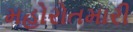
મહોરોતમારી